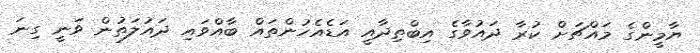
ޔާމީންގެ މައްޗަށް ކުރާ ދައުވާގެ އިބްތިދާއީ އަޑެއެހުންތައް ބާއްވައި ދައުލަތުން ވަނީ ގިނަ